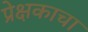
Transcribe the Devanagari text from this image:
प्रेक्षकाचा